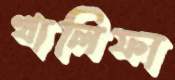
খালিফা